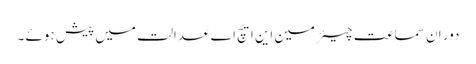
دور ان سماعت چیئرمین این ایچ اے عدالت میں پیش ہوئے ۔